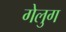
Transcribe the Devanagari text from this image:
गेलुग